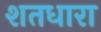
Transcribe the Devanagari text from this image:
शतधारा